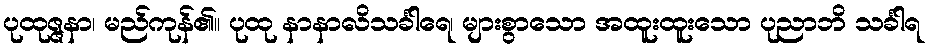
ပုထုဇ္ဇနာ၊ မည်ကုန်၏။ ပုထု နာနာလိသင်္ခါရေ၊ များစွာသော အထူးထူးသော ပုညာဘိ သင်္ခါရ